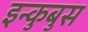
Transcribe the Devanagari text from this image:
इन्कुबुस